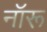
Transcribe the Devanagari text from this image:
नॉरू